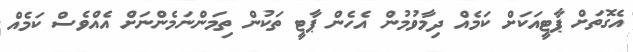
އެގޮތަށް ޕާޓީއަކަށް ކަމެއް ދިމާވުމުން އެހެން ޕާޓީ ތަކުން ތިމަންނަމެންނަށް އެއްްވެސް ކަމެއް